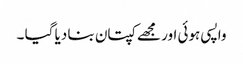
واپسی ہوئی اور مجھے کپتان بنا دیا گیا ۔